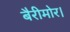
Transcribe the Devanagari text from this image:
बैरीमोर।